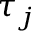
\tau _ { j }